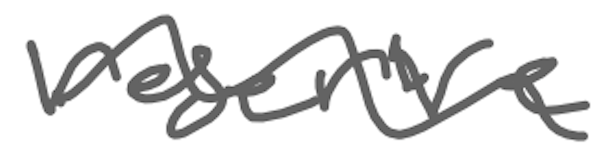
Text: reserve
Cross-out: wave
Writing tool: digital_gray